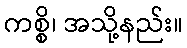
ကစ္စိ၊ အသို့နည်း။